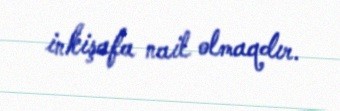
inkişafa nail olmaqdır.